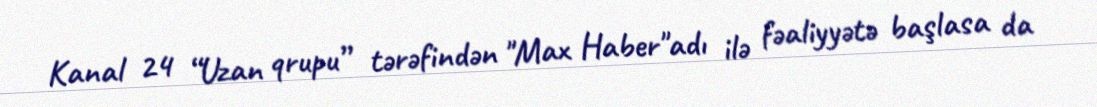
Kanal 24 “Uzan qrupu” tərəfindən "Max Haber"adı ilə fəaliyyətə başlasa da